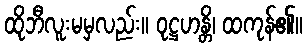
ထိုဘီလူးမမှလည်း။ ဝုဋ္ဌဟန္တိ၊ ထကုန်၏။